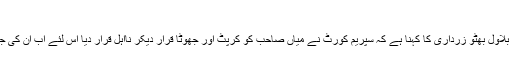
فوٹو: فائل
چنیوٹ: چیرمین پیپلز پارٹی بلاول بھٹو زرداری کا کہنا ہے کہ سپریم کورٹ نے میاں صاحب کو کرپٹ اور جھوٹا قرار دیکر نااہل قرار دیا اس لئے اب ان کی جھوٹی سیاست نہیں چلے گی۔